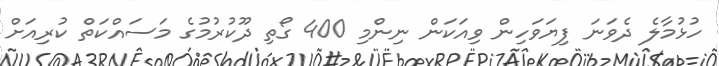
ހުޅުމާލެ ދެވަނަ ފިޔަވަހިން ވިއަކަން ނިންމި 400 ގޯތި ދޫކުރުމުގެ މަސައްކަތް ކުރިއަށް